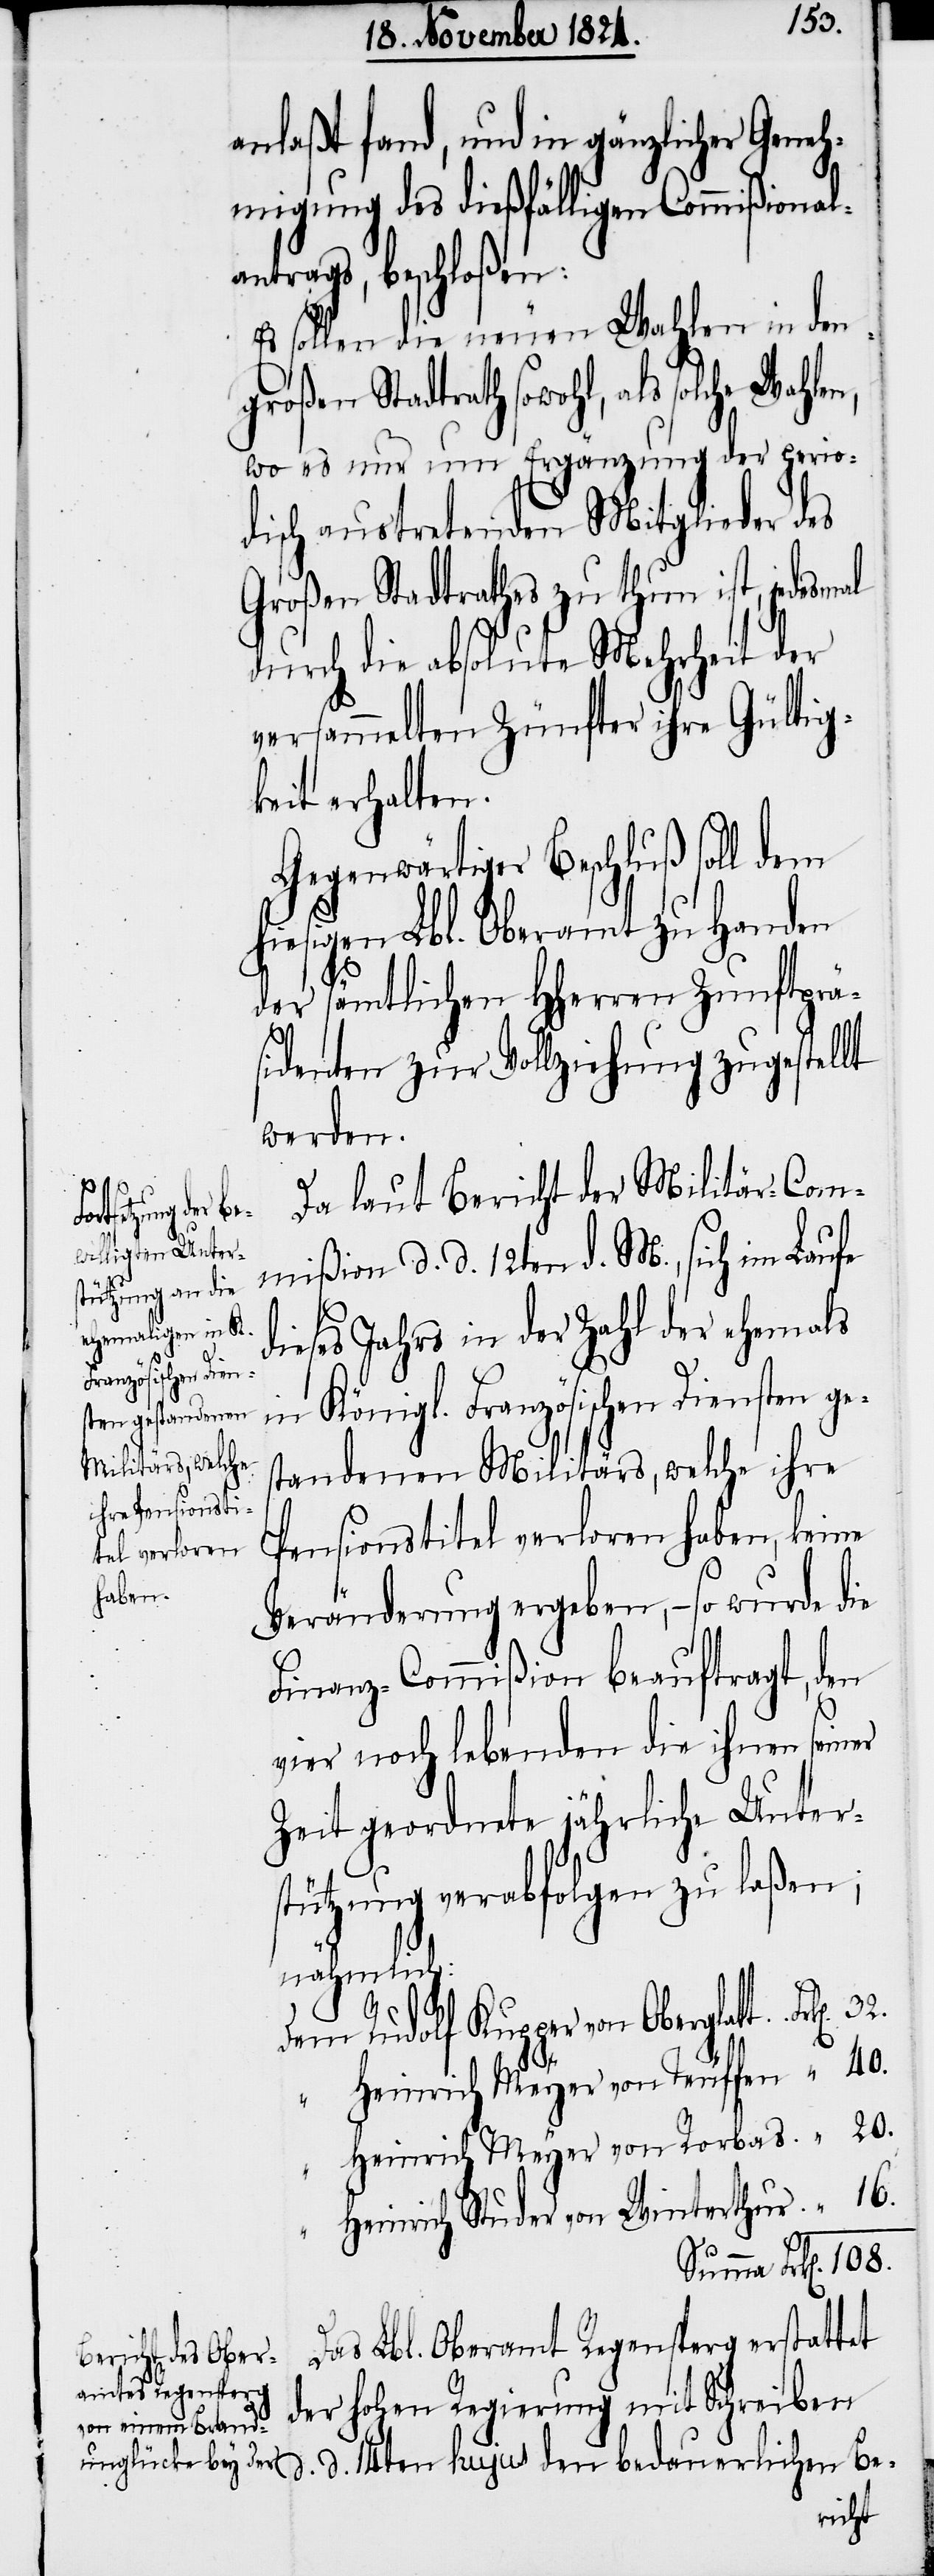
108.
n].

anlaßt fand, und in gänzlicher Geneh¬
migung des dießfälligen Commißional¬
antrags, beschloßen:
sollen die neuen Wahlen in den
großen Stadtrath sowohl, als solche
wo es nur um Ergänzung der perio¬
disch austretenden Mitglieder des
Großen Stadtrathes zu thun ist, jedesm¬
durch die absolute Mehrheit der
versammelten Zünfter ihre Gültig¬
keit erhalten.
Gegenwärtiger Beschluß soll dem
hiesigen Lbl. Oberamte zu Handen
der sämtlichen HHerren Zunftprä¬
sidenten zur Vollziehung zugestellt
werden.
Da laut Bericht der Militär-Com¬
mißion d. d. 12ten d. M., sich im Laufe
dieses Jahres in der Zahl der ehemals
in Königl. Französischen Diensten ge¬
standenen Militärs, welche ihre
Pensionstitel verloren haben, keine
Veränderung ergeben, – so wurde die
Finanz-Commißion beauftragt, den
vier noch lebenden die ihnen sein¬
Zeit geordnete jährliche Unter¬
stützung verabfolgen zu laßen;
nähmlich:
Dem Rudolf Kupper von Oberglatt	Frk[e¬
“ Heinrich Meyer von Teuffen	 “ 40.
Heinrich Meyer von Rorbas	 “ 20.
“ Heinrich Studer von Winterthur 	 “ 16.
Summa	Frk[en].
Das Lbl. Oberamt Regensperg erstattet
der hohen Regierung mit Schreiben
d. d. 14ten hujus den bedauerlichen Be-